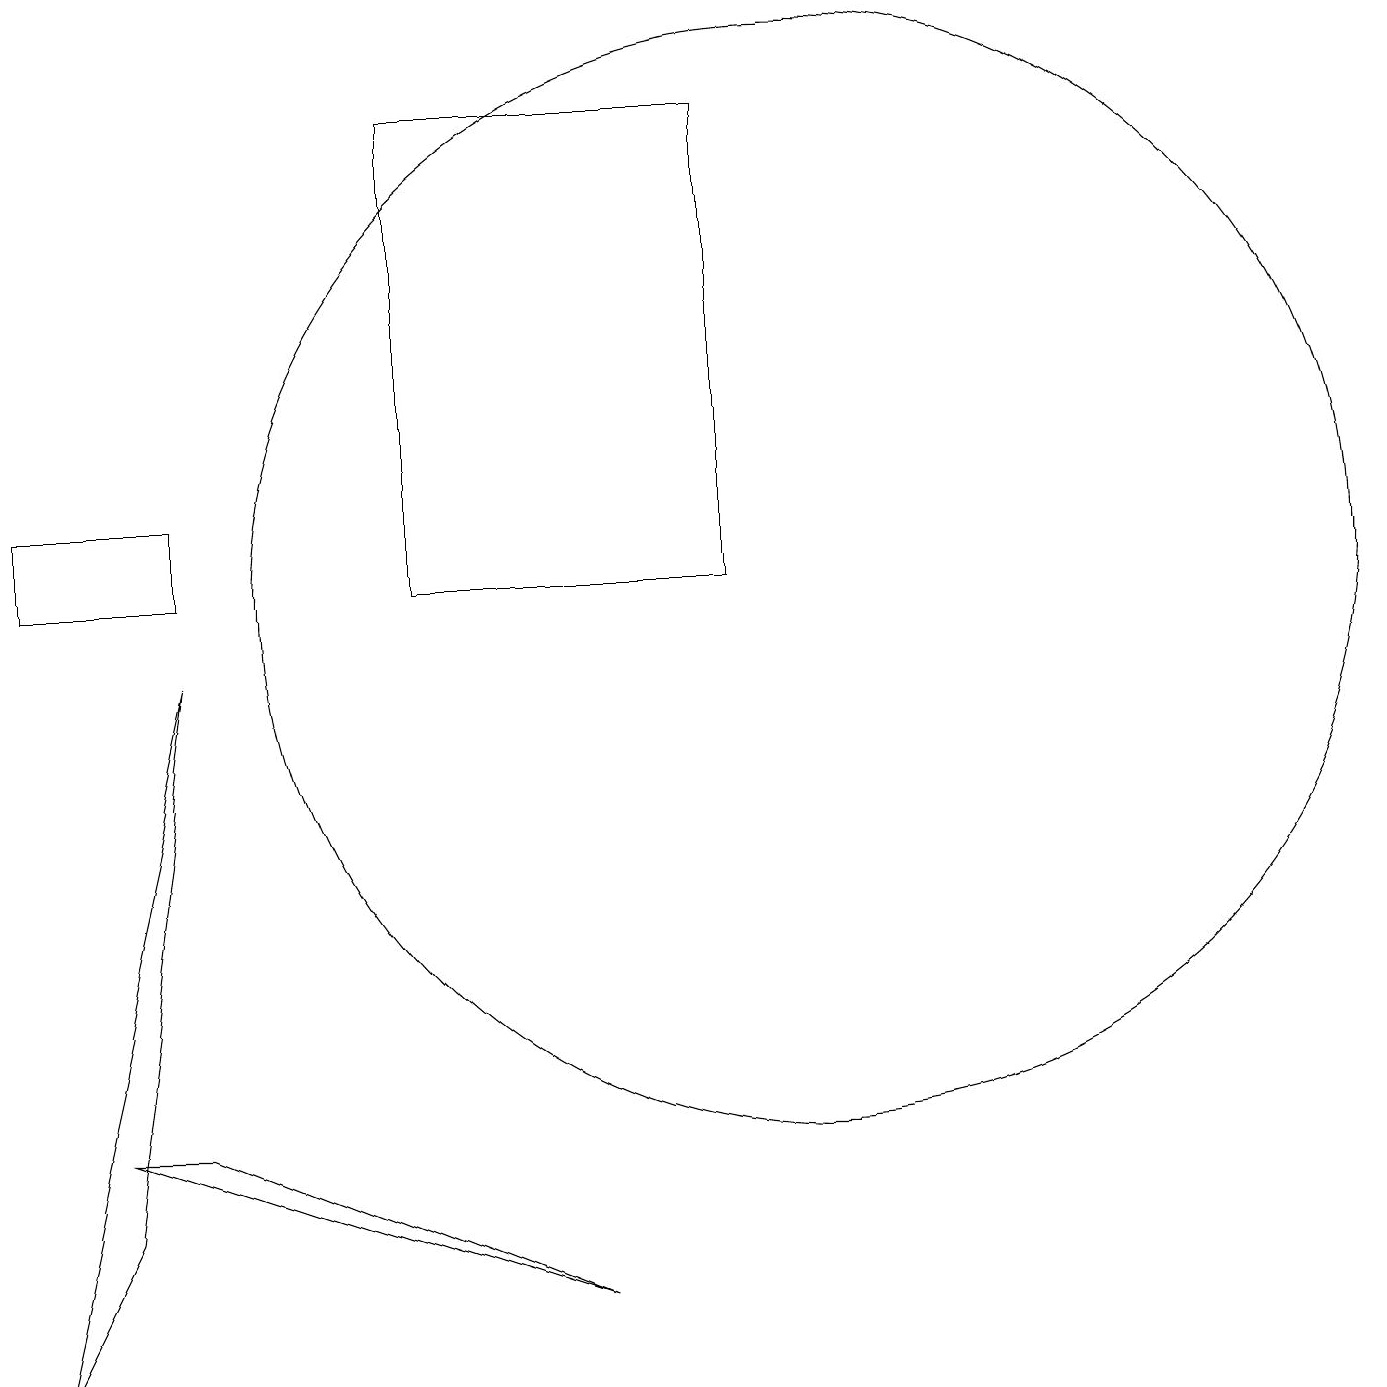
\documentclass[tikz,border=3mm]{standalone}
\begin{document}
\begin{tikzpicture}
\draw (9,10) rectangle (5,16);
\draw (2,10) rectangle (0,11);
\draw (2,3) -- (1,3) -- (7,1) -- cycle;
\draw (0,0) -- (1,2) -- (2,9) -- cycle;
\draw (10,10) circle (7);
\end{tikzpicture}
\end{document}